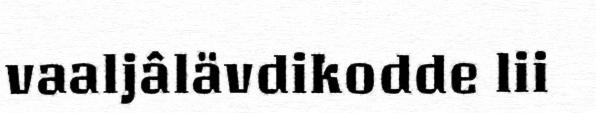
vaaljâlävdikodde lii